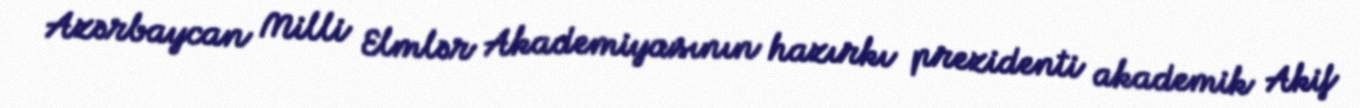
Azərbaycan Milli Elmlər Akademiyasının hazırkı prezidenti akademik Akif